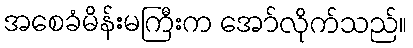
အစေခံမိန်းမကြီးက အော်လိုက်သည်။